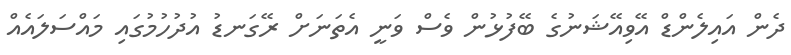
ދެން އައިލެންޑް އޭވިއޭޝަނުގެ ބޭފުޅުން ވެސް ވަނީ އެތަނަށް ރޭގަނޑު އުދުހުމުގައި މައްސަލައެއް